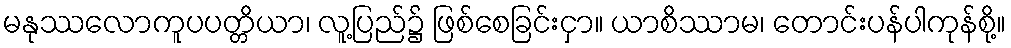
မနုဿလောကူပပတ္တိယာ၊ လူ့ပြည်၌ ဖြစ်စေခြင်းငှာ။ ယာစိဿာမ၊ တောင်းပန်ပါကုန်စို့။